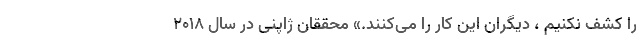
را کشف نکنیم ، دیگران این کار را می‌کنند.» محققان ژاپنی در سال ۲۰۱۸